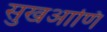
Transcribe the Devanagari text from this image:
सुखआणि